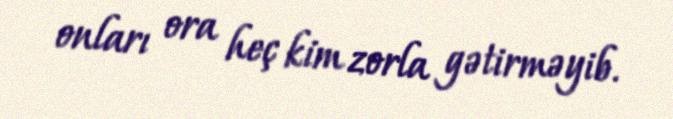
onları ora heç kim zorla gətirməyib.